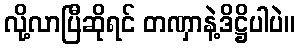
လို့လာပြီဆိုရင် တဏှာနဲ့ဒိဋ္ဌိပါပဲ။